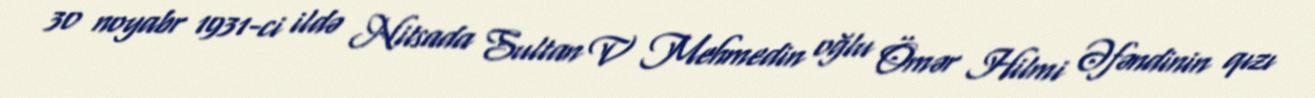
30 noyabr 1931-ci ildə Nitsada Sultan V Mehmedin oğlu Ömər Hilmi Əfəndinin qızı